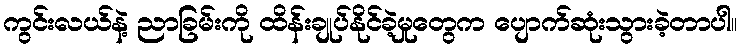
ကွင်းလယ်နဲ့ ညာခြမ်းကို ထိန်းချုပ်နိုင်ခဲ့မှုတွေက ပျောက်ဆုံးသွားခဲ့တာပါ။